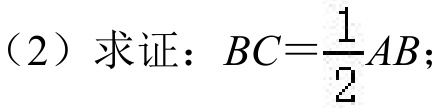
（2）求证：\(BC=\dfrac{1}{2}AB\)；